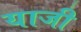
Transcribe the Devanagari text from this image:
याजी